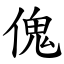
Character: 傀